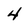
Character: 4